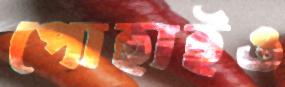
পোহাইও